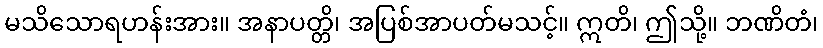
မသိသောရဟန်းအား။ အနာပတ္တိ၊ အပြစ်အာပတ်မသင့်။ ဣတိ၊ ဤသို့။ ဘဏိတံ၊